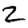
Digit: 2